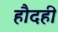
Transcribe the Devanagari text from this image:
हौदही